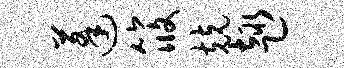
蓬筱兢趣